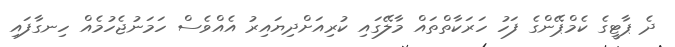
ދެ ޕާޓީގެ ކެމްޕޭންގެ ފަހު ހަރަކާތްތައް މާލޭގައި ކުރިއަށްދިޔައިރު އެއްވެސް ހަމަނުޖެހުމެއް ހިނގާފައި